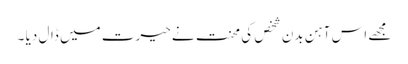
مجھے اس آہن بدن شخص کی محنت نے حیرت میں ڈال دیا ۔